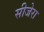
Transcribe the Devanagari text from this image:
सीजेरा